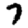
Digit: 7